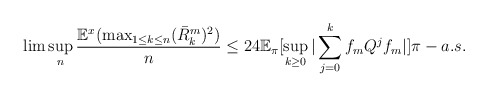
\begin{align*}\lim\sup_{n}\frac{\mathbb{E}^{x}(\max_{1\leq k\leq n}(\bar{R}_{k}^{m})^{2})}{n}\leq24\mathbb{E}_{\pi}[\sup_{k\geq0}|\sum_{j=0}^{k}f_{m}Q^{j}f_{m}|]\pi-a.s. \end{align*}